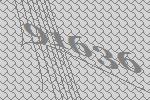
91636